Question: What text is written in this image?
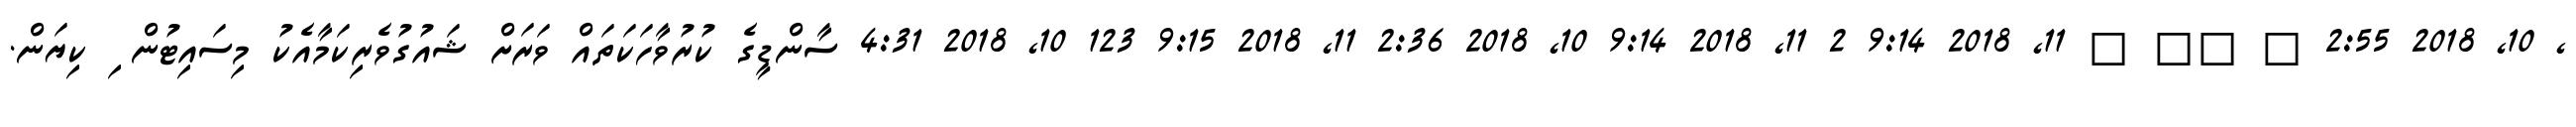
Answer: , 10, 2018 2:55 ? ?? ? 11, 2018 9:14 2 11, 2018 9:14 10, 2018 2:36 11, 2018 9:15 123 10, 2018 4:31 ސާންޑީގެ ކުރުވާހަކަތައް ވަރަށް ޝައުގުވެރިކަމާއެކު މިސައިޓުން ި ކިޔަން.